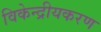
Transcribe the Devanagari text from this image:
विकेन्द्रीयकरण